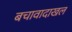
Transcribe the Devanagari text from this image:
बचावादाखल